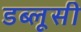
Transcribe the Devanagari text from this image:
डब्लूसी